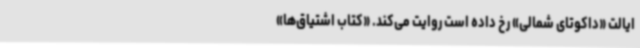
ایالت «داکوتای شمالی» رخ داده‌ است روایت می‌کند. «کتاب اشتیاق‌ها»‌